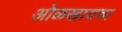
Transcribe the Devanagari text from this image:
ओळखायचा